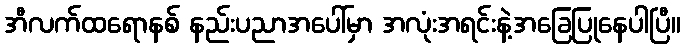
အီလက်ထရောနစ် နည်းပညာအပေါ်မှာ အလုံးအရင်းနဲ့အခြေပြုနေပါပြီ။